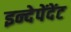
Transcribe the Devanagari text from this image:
इन्देपेंदेंट